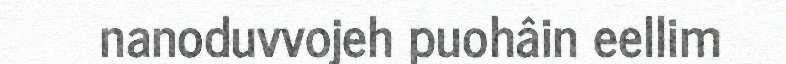
nanoduvvojeh puohâin eellim